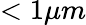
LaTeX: <1\mu m